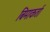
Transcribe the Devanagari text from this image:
बिमाकर्ता